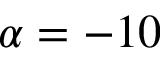
\alpha = - 1 0